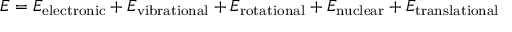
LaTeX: E = E _ { \mathrm { { e l e c t r o n i c } } } + E _ { \mathrm { { v i b r a t i o n a l } } } + E _ { \mathrm { { r o t a t i o n a l } } } + E _ { \mathrm { { n u c l e a r } } } + E _ { \mathrm { { t r a n s l a t i o n a l } } }